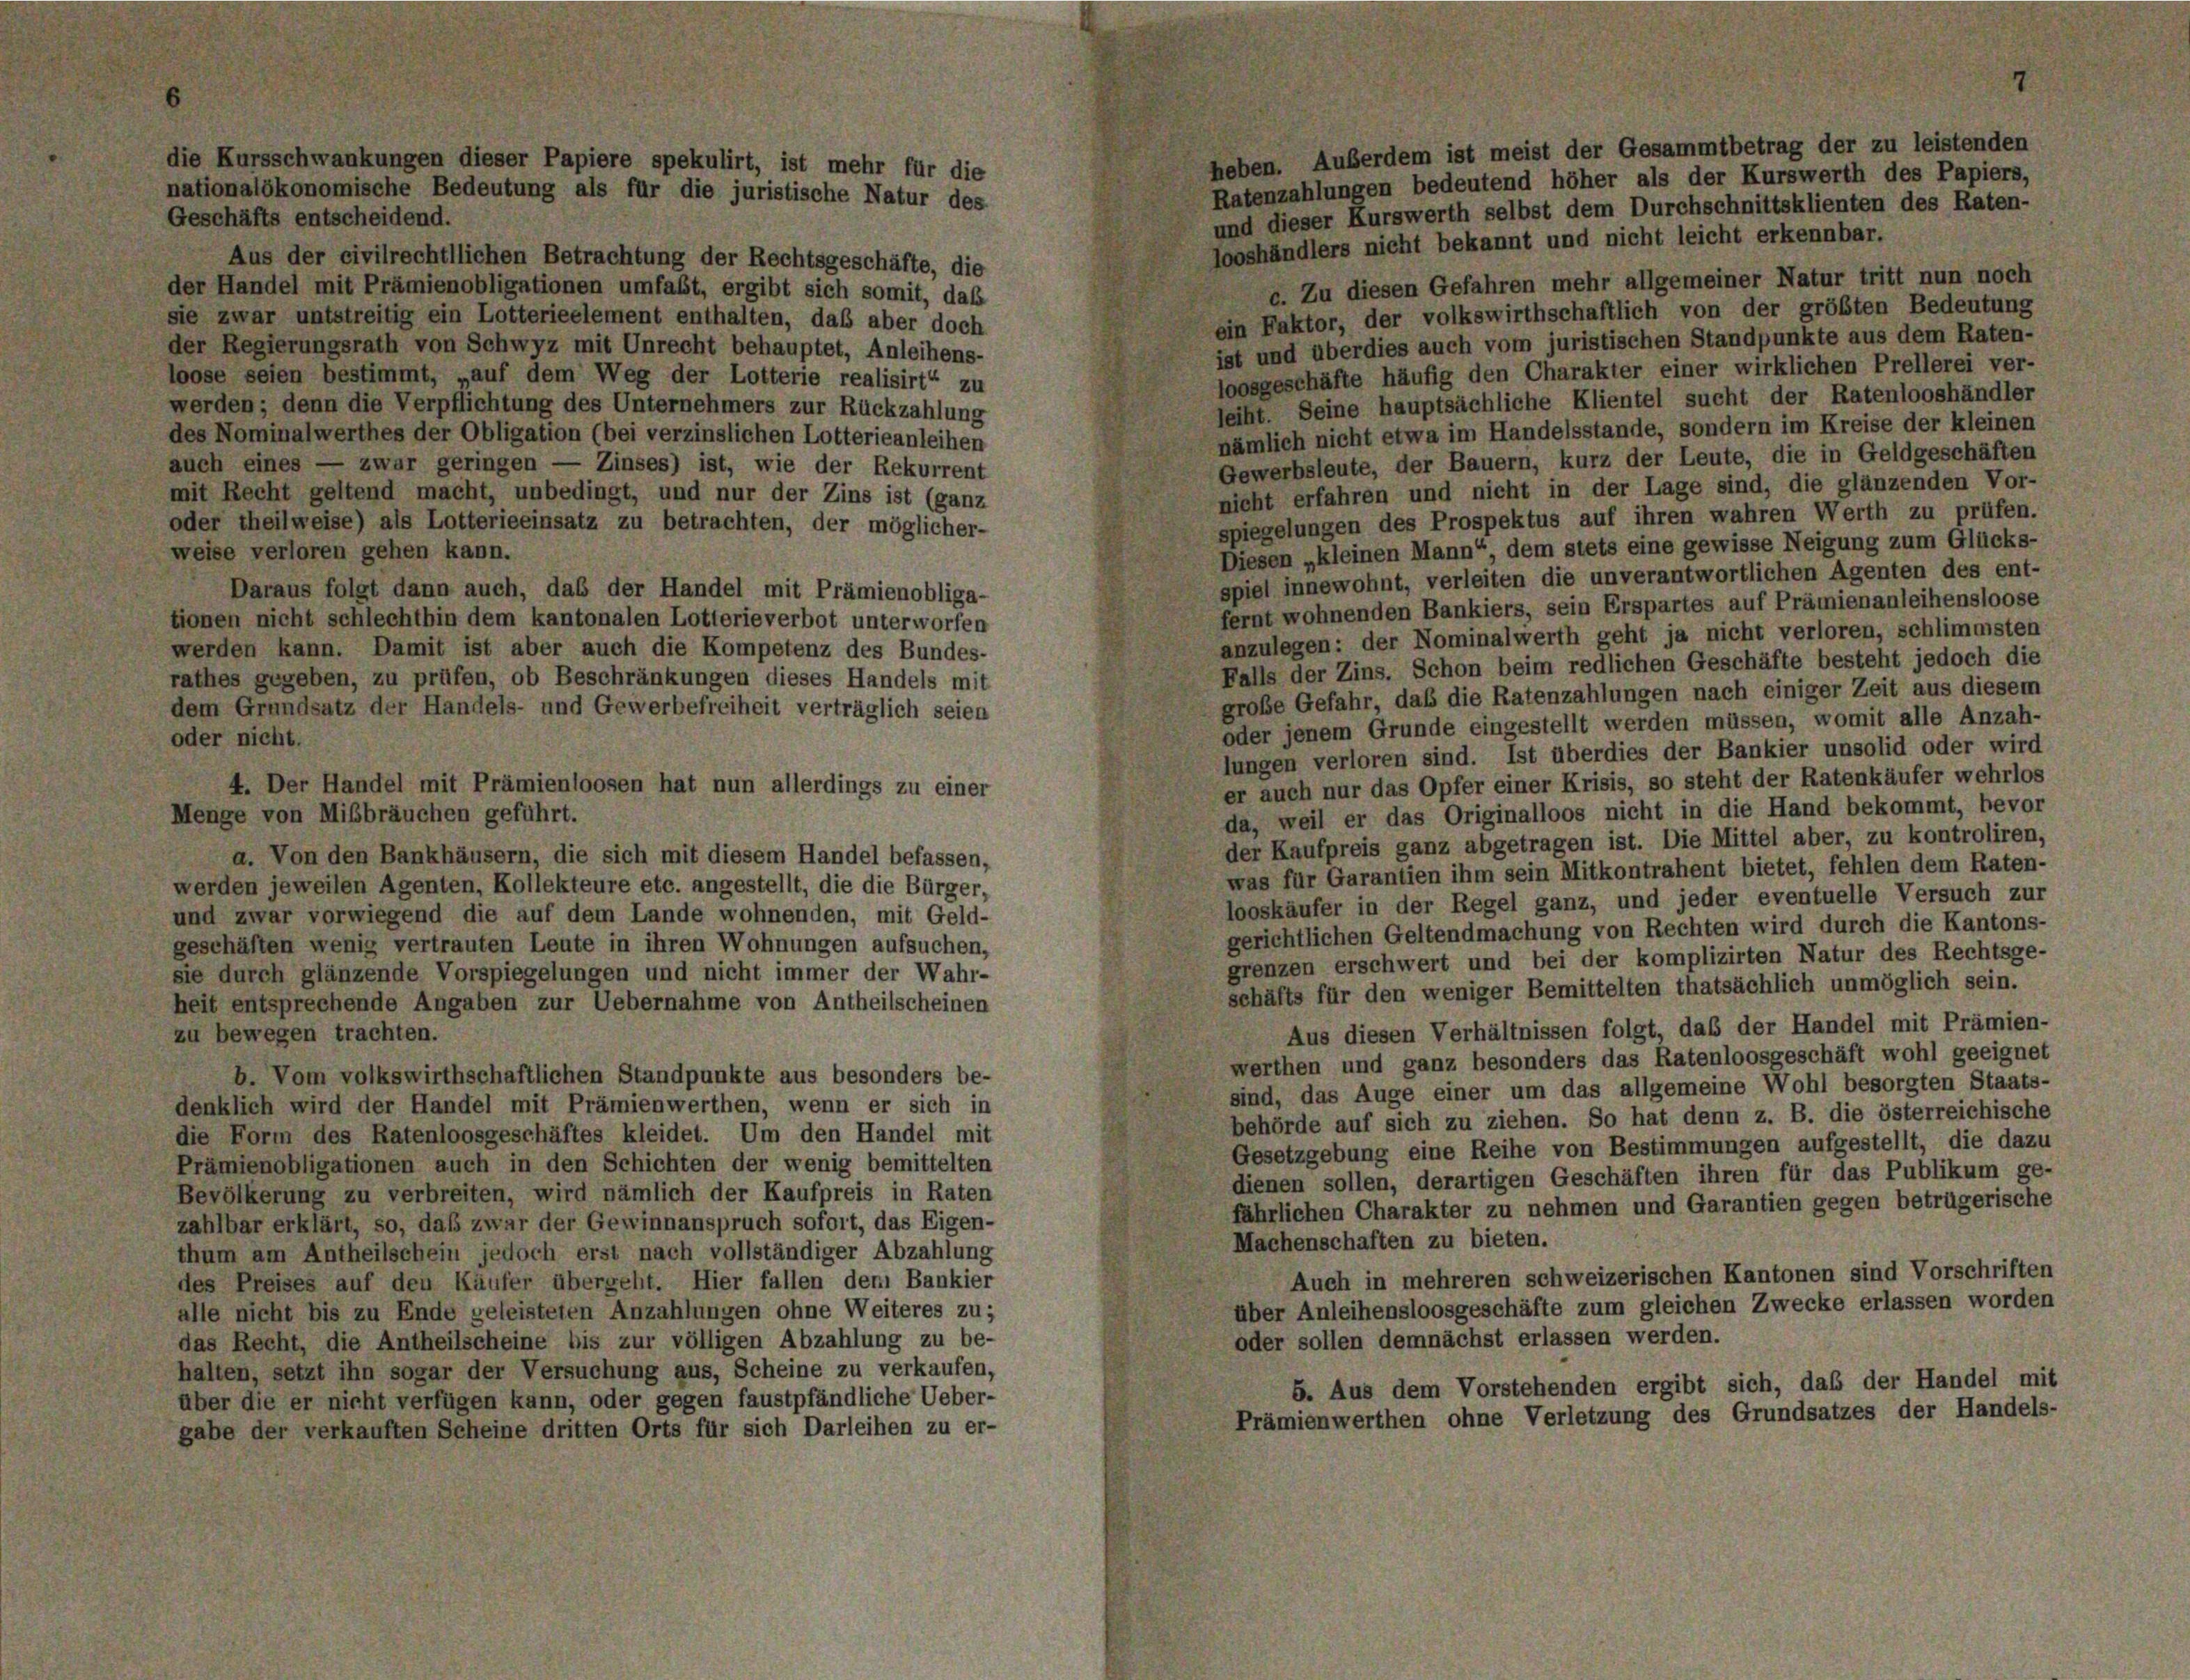
heben. Außerdem ist meist der Gesammtbetrag der zu leistenden
Ratenzahlungen bedeutend höher als der Kurswerth des Papiers,
und dieser Kurswerth selbst dem Durchschnittsklienten des Raten-
Geschäfts entscheidend.
looshändlers nicht bekannt und nicht leicht erkennbar.
Aus der civilrechtllichen Betrachtung der Rechtsgeschäfte, die
c. Zu diesen Gefahren mehr allgemeiner Natur tritt nun noch
der Handel mit Prämienobligationen umfaßt, ergibt sich somit, daß
ein Faktor, der volkswirthschaftlich von der größten Bedeutung
sie zwar untstreitig ein Lotterieelement enthalten, daß aber doch
ist und überdies auch vom juristischen Standpunkte aus dem Raten-
der Regierungsrath von Schwyz mit Unrecht behauptet, Anleihens-
loosgeschäfte häufig den Charakter einer wirklichen Prellerei ver-
loose seien bestimmt, „auf dem Weg der Lotterie realisirt“ zu
leiht. Seine hauptsächliche Klientel sucht der Ratenlooshändler
werden; denn die Verpflichtung des Unternehmers zur Rückzahlung
nämlich nicht etwa im Handelsstande, sondern im Kreise der kleinen
des Nominalwerthes der Obligation (bei verzinslichen Lotterieanleihen
Gewerbsleute, der Bauern, kurz der Leute, die in Geldgeschäften
auch eines — zwar geringen — Zinses) ist, wie der Rekurrent
nicht erfahren und nicht in der Lage sind, die glänzenden Vor-
mit Recht geltend macht, unbedingt, und nur der Zins ist (ganz
spiegelungen des Prospektus auf ihren wahren Werth zu prüfen.
oder theilweise) als Lotterieeinsatz zu betrachten, der möglicher-
Diesen „kleinen Mann“, dem stets eine gewisse Neigung zum Glücks-
weise verloren gehen kann.
spiel innewohnt, verleiten die unverantwortlichen Agenten des ent-
Daraus folgt dann auch, das der Handel mit Prämienobliga-
fernt wohnenden Bankiers, sein Erspartes auf Prämienanleihensloose
tionen nicht schlechthin dem kantonalen Lotterieverbot unterworfen
anzulegen: der Nominalwerth geht ja nicht verloren, schlimmsten
werden kann. Damit ist aber auch die Kompetenz des Bundes-
Falls der Zins. Schon beim redlichen Geschäfte besteht jedoch die
rathes gegeben, zu prüfen, ob Beschränkungen dieses Handels mit
große Gefahr, daß die Ratenzahlungen nach einiger Zeit aus diesem
dem Grundsatz der Handels- und Gewerbefreiheit verträglich seien
oder jenem Grunde eingestellt werden müssen, womit alle Anzah-
oder nicht.
lungen verloren sind. Ist überdies der Bankier unsolid oder wird
er auch nur das Opfer einer Krisis, so steht der Ratenkäufer wehrlos
4. Der Handel mit Prämienloosen hat nun allerdings zu einer
da, weil er das Originalloos nicht in die Hand bekommt, bevor
Menge von Mißbräuchen geführt.
der Kaufpreis ganz abgetragen ist. Die Mittel aber, zu kontroliren,
a. Von den Bankhäusern, die sich mit diesem Handel befassen,
was für Garantien ihm sein Mitkontrahent bietet, fehlen dem Raten-
werden jeweilen Agenten, Kollekteure etc. angestellt, die die Bürger,
looskäufer in der Regel ganz, und jeder eventuelle Versuch zur
und zwar vorwiegend die auf dem Lande wohnenden, mit Geld-
gerichtlichen Geltendmachung von Rechten wird durch die Kantons-
geschäften wenig vertrauten Leute in ihren Wohnungen aufsuchen,
grenzen erschwert und bei der komplizirten Natur des Rechtsge-
sie durch glänzende Vorspiegelungen und nicht immer der Wahr-
schäfts für den weniger Bemittelten thatsächlich unmöglich sein.
heit entsprechende Angaben zur Uebernahme von Antheilscheinen
Aus diesen Verhältnissen folgt, das der Handel mit Prämien-
zu bewegen trachten.
werthen und ganz besonders das Ratenloosgeschäft wohl geeignet
b. Vom volkswirthschaftlichen Standpunkte aus besonders be-
sind, das Auge einer um das allgemeine Wohl besorgten Staats-
denklich wird der Handel mit Prämienwerthen, wenn er sich in
behörde auf sich zu ziehen. So hat denn z. B. die österreichische
die Form des Ratenloosgeschäftes kleidet. Um den Handel mit
Gesetzgebung eine Reihe von Bestimmungen aufgestellt, die dazu
Prämienobligationen auch in den Schichten der wenig bemittelten
dienen sollen, derartigen Geschäften ihren für das Publikum ge-
Bevölkerung zu verbreiten, wird nämlich der Kaufpreis in Raten
fährlichen Charakter zu nehmen und Garantien gegen betrügerische
zahlbar erklärt, so, daß zwar der Gewinnanspruch sofort, das Eigen-
Machenschaften zu bieten.
thum am Antheilschein jedoch erst nach vollständiger Abzahlung
Auch in mehreren schweizerischen Kantonen sind Vorschriften
des Preises auf den Käufer übergeht. Hier fallen dem Bankier
über Anleihensloosgeschäfte zum gleichen Zwecke erlassen worden
alle nicht bis zu Ende geleisteten Anzahlungen ohne Weiteres zu;
oder sollen demnächst erlassen werden.
das Recht, die Antheilscheine bis zur völligen Abzahlung zu be-
halten, setzt ihn sogar der Versuchung aus, Scheine zu verkaufen,
5. Aus dem Vorstehenden ergibt sich, daß der Handel mit
über die er nicht verfügen kann, oder gegen faustpfändliche Ueber-
Prämienwerthen ohne Verletzung des Grundsatzes der Handels-
gabe der verkauften Scheine dritten Orts für sich Darleihen zu er-

die Kursschwankungen dieser Papiere spekulirt, ist mehr für die